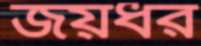
জয়ধর